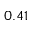
0 . 4 1